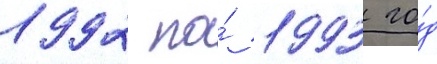
1992 по́ 1993 го́д